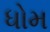
ધોમ